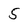
Character: 5